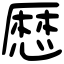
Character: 𢟍